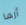
أرها